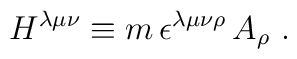
H^{\lambda\mu\nu}\equiv m\,\epsilon^{\lambda\mu\nu\rho}\, A_\rho\ .